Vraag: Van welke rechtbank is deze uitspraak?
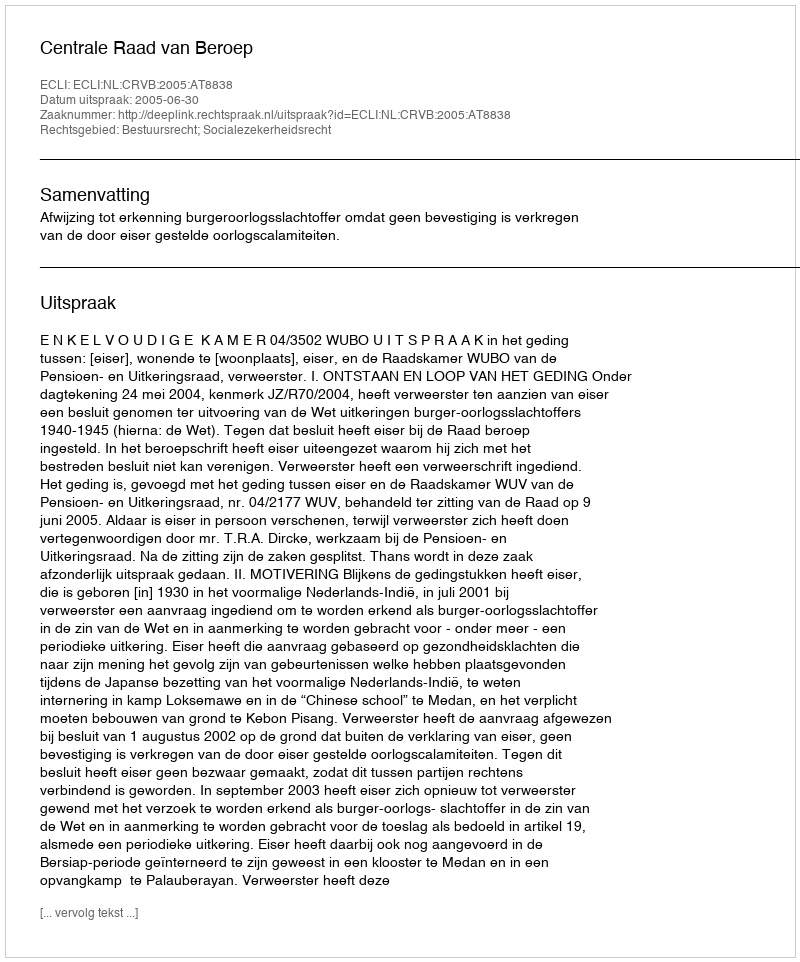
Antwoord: Centrale Raad van Beroep